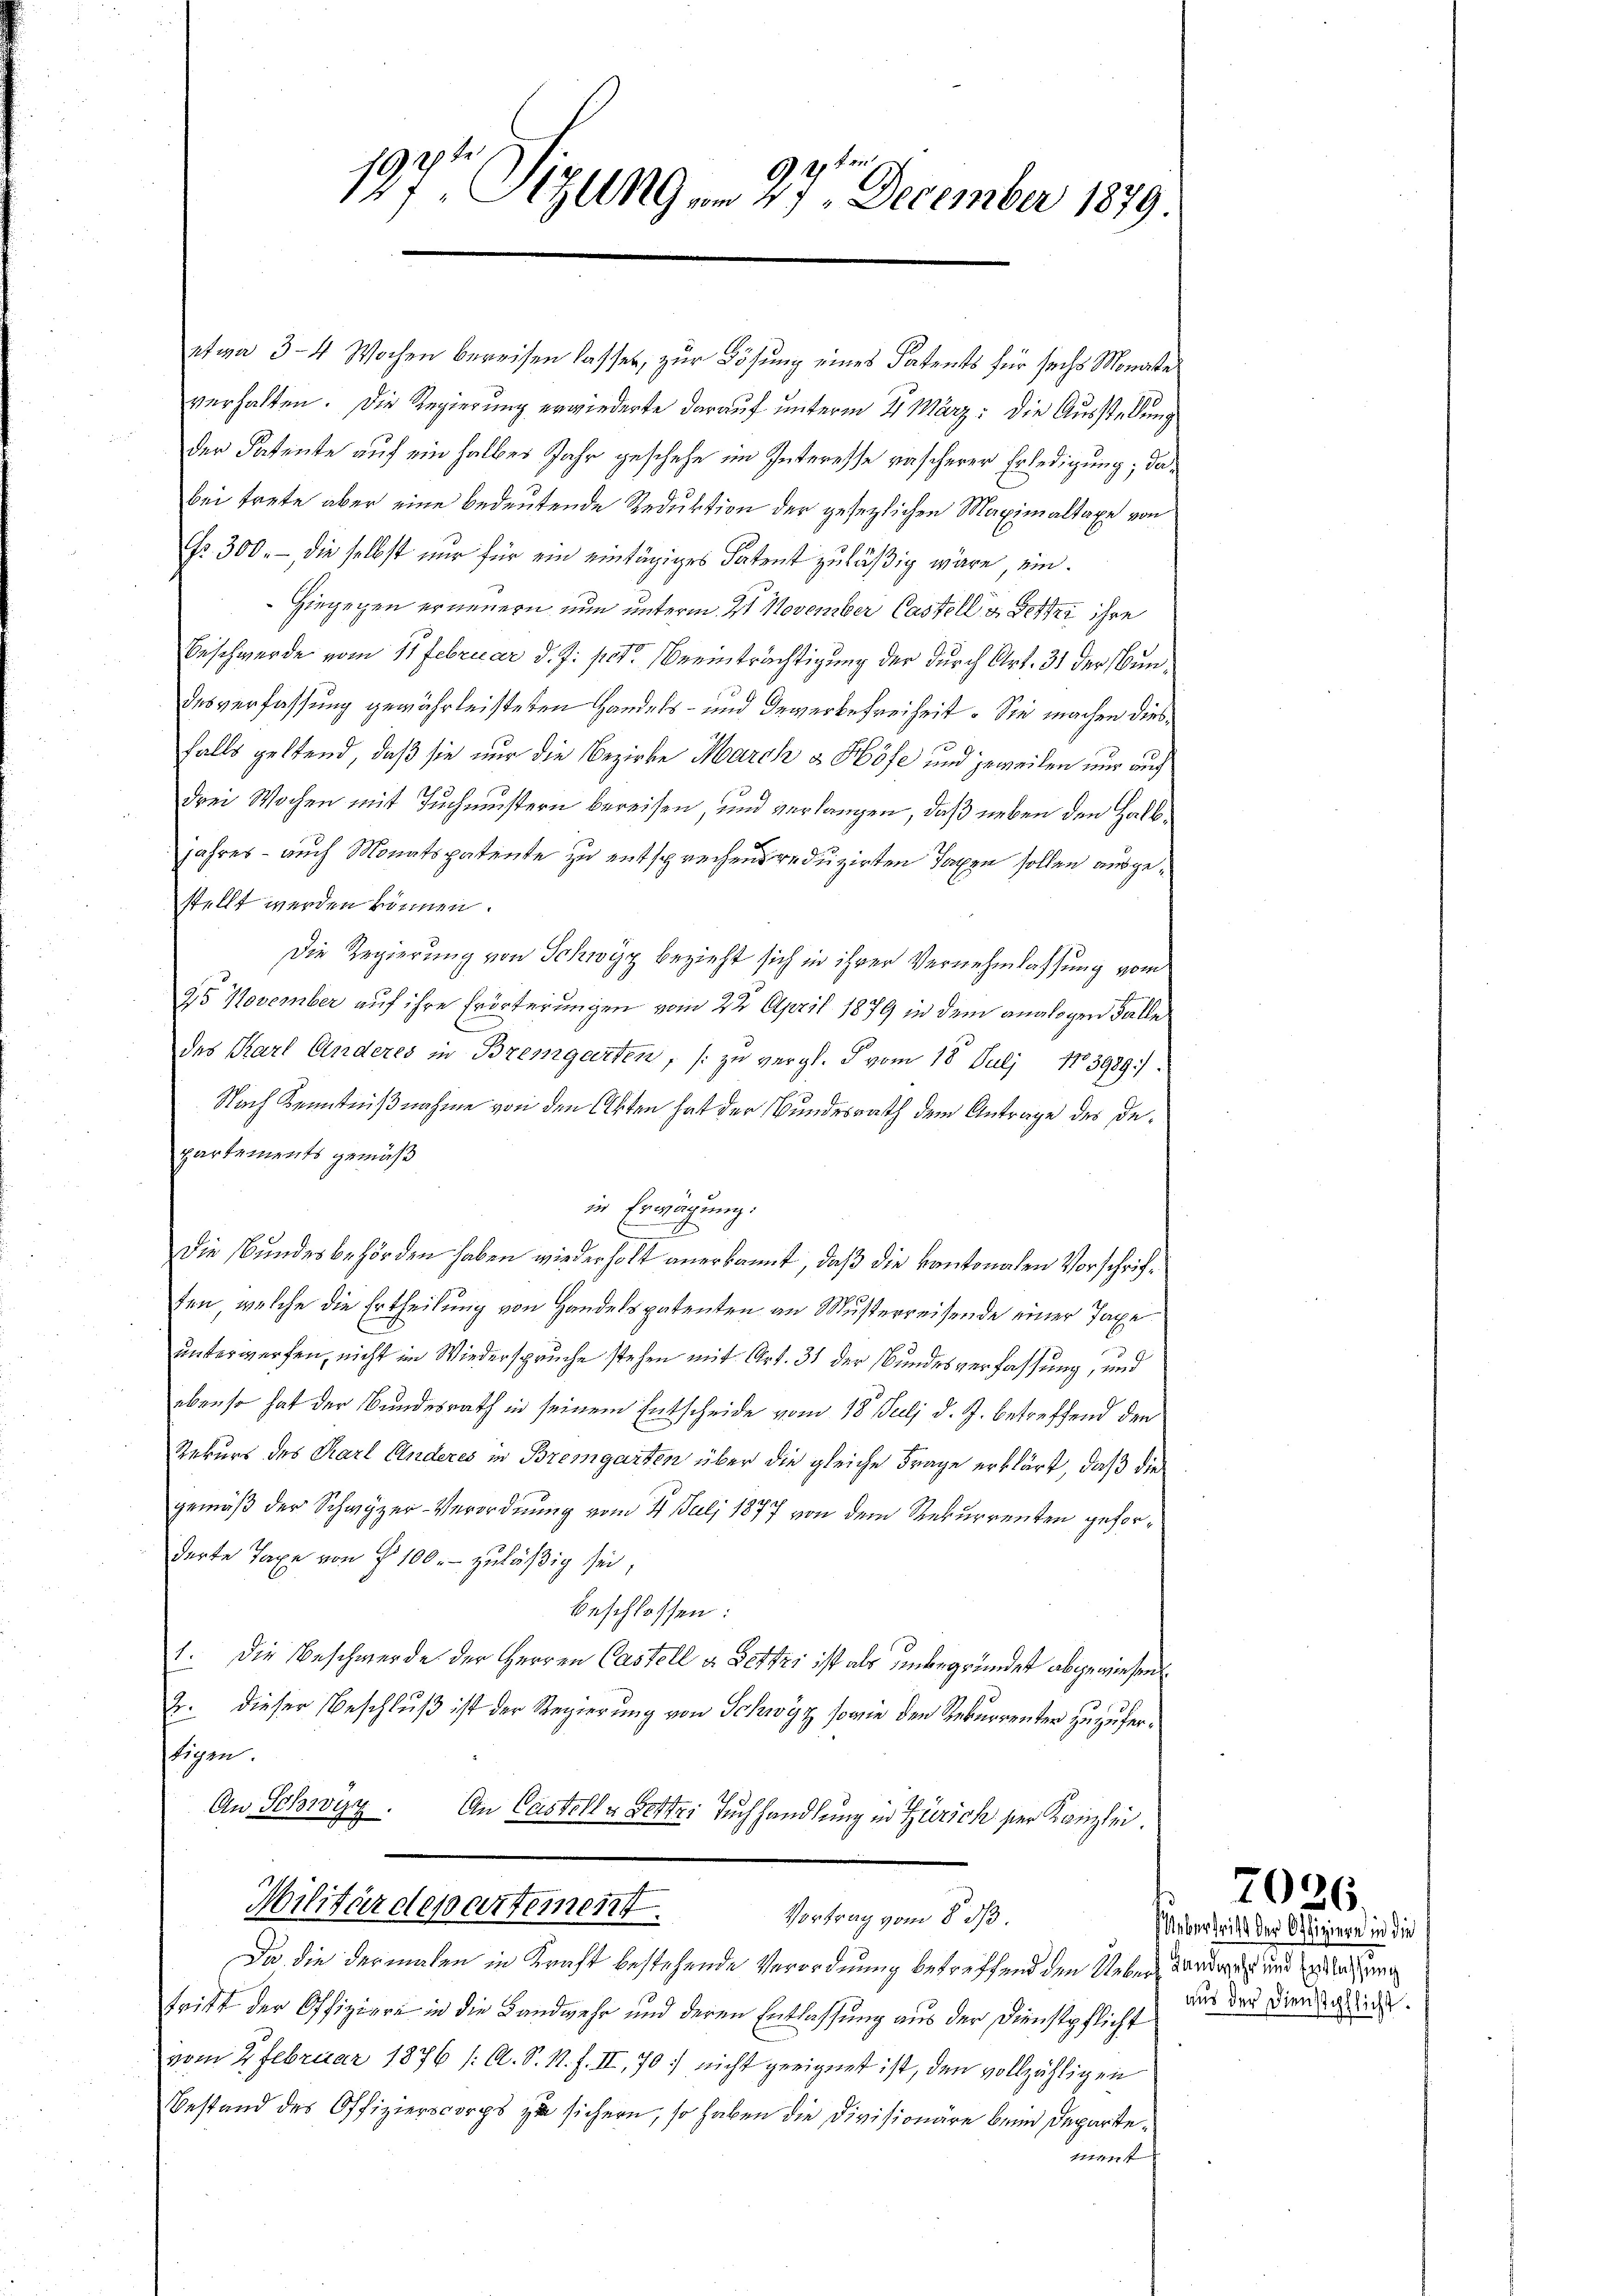
G.
197t Sizung am 27. December 1879.

etwa 3–4 Wochen bereisen lasset, zur Lösung eines Patents für sechs Monate
verhalten. Die Regierung erwiederte darauf unterm 21. März: die Ausstellung
der Patente auf ein halbes Jahr geschehe im Interesse rascherer Erledigung; dabei trete aber eine bedeutende Reduktion der gesetzlichen Maximaltaxe von
Nr. 300.-, die selbst nur für ein eintägiges Patent zuläßig wäre, ein¬
Hiegegen erneuern nun unterm 2t November Castell u. Better ihre
Beschwerde vom 11 Februar d. J. pct. Beeinträchtigung der durch Art. 31 der Bundesverfassung gewährleisteten Handels- und Gewerbefreiheit. Sie machen diesfalls geltend, daß sie nur die Bezirke March & Höfe und jeweilen nur auch
drei Wochen mit Tuchmustern bereisen, und verlangen, daß neben den Halbjahres – auch Monatspatente zu entsprechen reduzirten Tagen sollen ausgestellt werden können.
Die Regierung von Schwyz bezieht sich in ihrer Vernehmlassung vom
25 November auf ihre Erörterungen vom 22. April 1879 in dem analogen Falle
des Karl Anderes in Bremgarten, zu vergl. § vom 18. Juli 183989).
Nach Kenntnißnahme von den Akten hat der Bundesrath dem Antrage des Departements gemäß
in Erwägung:
s
Die Bundesbehörden haben wiederholt anerkannt, daß die kantonalen Vorschriften, welche die Ertheilung von Handelspatenten an Musterreisende einer Taxe
unterwerfen, nicht im Wiederspruche stehen mit Art. 31 der Bundesverfassung, und
ebenso hat der Bundesrath in seinem Entscheide vom 18. Juli d. J. betreffend den
Rekurs des Karl Anderes in Bremgarten über die gleiche Frage erklärt, daß die
gemäß der Schwyzer-Verordnung vom 21. Juli 1877 von dem Rekurrenten geforderte Taxe von § 100.- zuläßig sei;
beschlossen:
1. Die Beschwerde der Herren Castell u. Better ist als unbegründet abgewiesen
2. dieser Beschluß ist der Regierung von Schwyz sowie den Rekurrenter zuzuferftigen.
An Schwyz. An Castell u Bett. Tuchhandlung in Zürich der Kanzlei.

Da die dermalen in Kracht bestehende Verordnung betreffend den Ueber, darnach eine eine
tritt der Offiziere in die Landwehr und deren Entlassung aus der Dienstpflicht
vom 2. Februar 1876 /: A. S. M. h. II, 70: nicht geeignet ist, den vollzähligen
Bestand des Offizierscorps zu sichern, so haben die Divisionäre beim Departemenst

Militärdepartement.
Vortrag vom 8. ds.

Uebertritt der Offiziere in die
aus der Dienstpflicht.

7026.